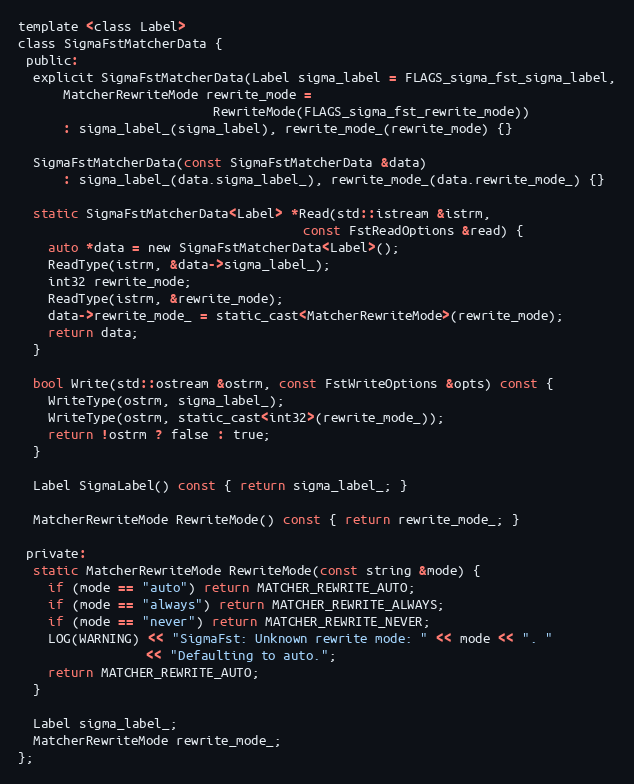
Language: C
template <class Label>
class SigmaFstMatcherData {
 public:
  explicit SigmaFstMatcherData(Label sigma_label = FLAGS_sigma_fst_sigma_label,
      MatcherRewriteMode rewrite_mode =
                          RewriteMode(FLAGS_sigma_fst_rewrite_mode))
      : sigma_label_(sigma_label), rewrite_mode_(rewrite_mode) {}

  SigmaFstMatcherData(const SigmaFstMatcherData &data)
      : sigma_label_(data.sigma_label_), rewrite_mode_(data.rewrite_mode_) {}

  static SigmaFstMatcherData<Label> *Read(std::istream &istrm,
                                      const FstReadOptions &read) {
    auto *data = new SigmaFstMatcherData<Label>();
    ReadType(istrm, &data->sigma_label_);
    int32 rewrite_mode;
    ReadType(istrm, &rewrite_mode);
    data->rewrite_mode_ = static_cast<MatcherRewriteMode>(rewrite_mode);
    return data;
  }

  bool Write(std::ostream &ostrm, const FstWriteOptions &opts) const {
    WriteType(ostrm, sigma_label_);
    WriteType(ostrm, static_cast<int32>(rewrite_mode_));
    return !ostrm ? false : true;
  }

  Label SigmaLabel() const { return sigma_label_; }

  MatcherRewriteMode RewriteMode() const { return rewrite_mode_; }

 private:
  static MatcherRewriteMode RewriteMode(const string &mode) {
    if (mode == "auto") return MATCHER_REWRITE_AUTO;
    if (mode == "always") return MATCHER_REWRITE_ALWAYS;
    if (mode == "never") return MATCHER_REWRITE_NEVER;
    LOG(WARNING) << "SigmaFst: Unknown rewrite mode: " << mode << ". "
                 << "Defaulting to auto.";
    return MATCHER_REWRITE_AUTO;
  }

  Label sigma_label_;
  MatcherRewriteMode rewrite_mode_;
};